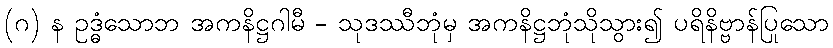
(ဂ) န ဥဒ္ဓံသောဘ အကနိဋ္ဌဂါမီ - သုဒဿီဘုံမှ အကနိဋ္ဌဘုံသိုသွား၍ ပရိနိဗ္ဗာန်ပြုသော